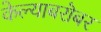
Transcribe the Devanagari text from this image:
केल्याबरॊबर